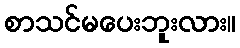
စာသင်မပေးဘူးလား။